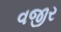
વજીર